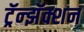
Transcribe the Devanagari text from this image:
ट्रॅन्झॅक्शन